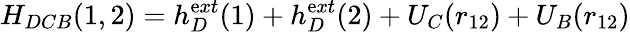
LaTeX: H_{DCB}(1,2)=h_{D}^{\mathrm{e}xt}(1)+h_{D}^{\mathrm{e}xt}(2)+U_{C}(r_{12})+U_{B}(r_{12})